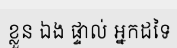
ខ្លួន ឯង ផ្ទាល់ អ្នកដទៃ